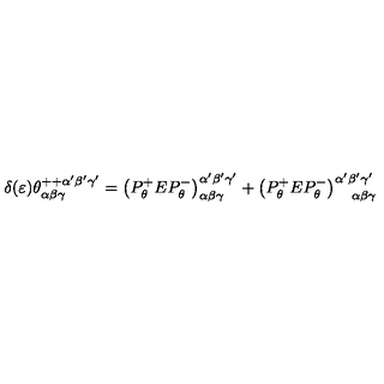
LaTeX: \delta ( \varepsilon ) \theta _ { \alpha \beta \gamma } ^ { + + \alpha ^ { \prime } \beta ^ { \prime } \gamma ^ { \prime } } = \left( P _ { \theta } ^ { + } E P _ { \theta } ^ { - } \right) _ { \alpha \beta \gamma } ^ { \alpha ^ { \prime } \beta ^ { \prime } \gamma ^ { \prime } } + \left( P _ { \theta } ^ { + } E P _ { \theta } ^ { - } \right) _ { \quad \alpha \beta \gamma } ^ { \alpha ^ { \prime } \beta ^ { \prime } \gamma ^ { \prime } }